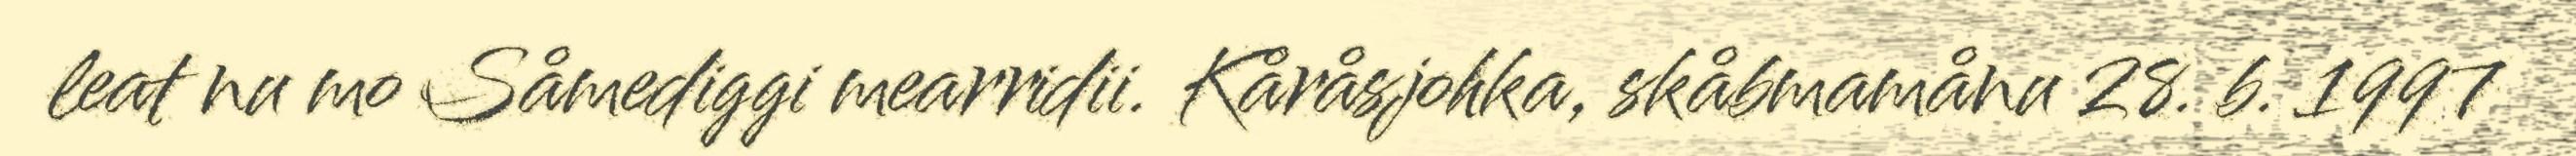
leat nu mo Såmediggi mearridii. Kåråsjohka, skåbmamånu 28. b. 1997